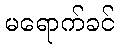
မရောက်ခင်